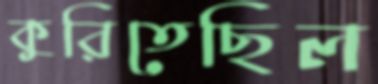
কুরিতেছিল